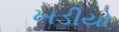
ખડીયો